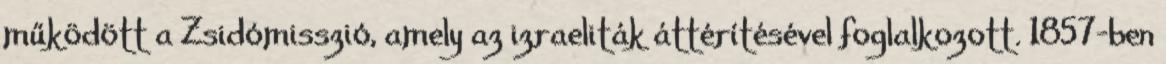
működött a Zsidómisszió, amely az izraeliták áttérítésével foglalkozott. 1857-ben